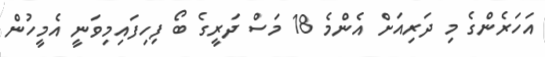
އަހަރެންގެ މި ދަރިއަށް އެންމެ 18 މަސް ދަރީގެ ބޯ ފިހިފައިމިވަނީ އެމީހުން